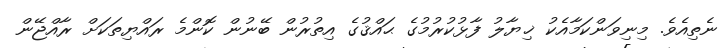
ނެތިއެވެ. މިނިވަންކަމާއެކު ޚިޔާލު ފާޅުކުރުމުގެ ޙައްޤުގެ އިތުރުން ބޭނުން ކޮންމެ ރައްޔިތަކަށް ރާއްޖޭން